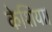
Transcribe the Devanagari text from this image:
केशिया।